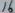
Text: 16